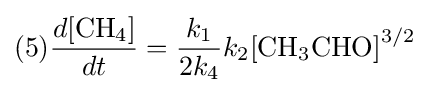
(5){\frac {d{\ce {[CH4]}}}{dt}}={\frac {k_{1}}{2k_{4}}}k_{2}{\ce {[CH3CHO]}}^{3/2}